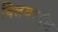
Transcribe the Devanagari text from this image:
क्लियरवॅल